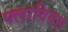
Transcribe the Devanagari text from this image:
फ्लावियस